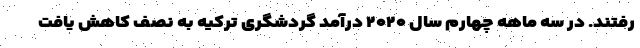
رفتند. در سه ماهه چهارم سال ۲۰۲۰ درآمد گردشگری ترکیه به نصف کاهش یافت